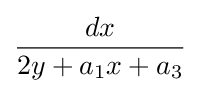
{\frac {dx}{2y+a_{1}x+a_{3}}}